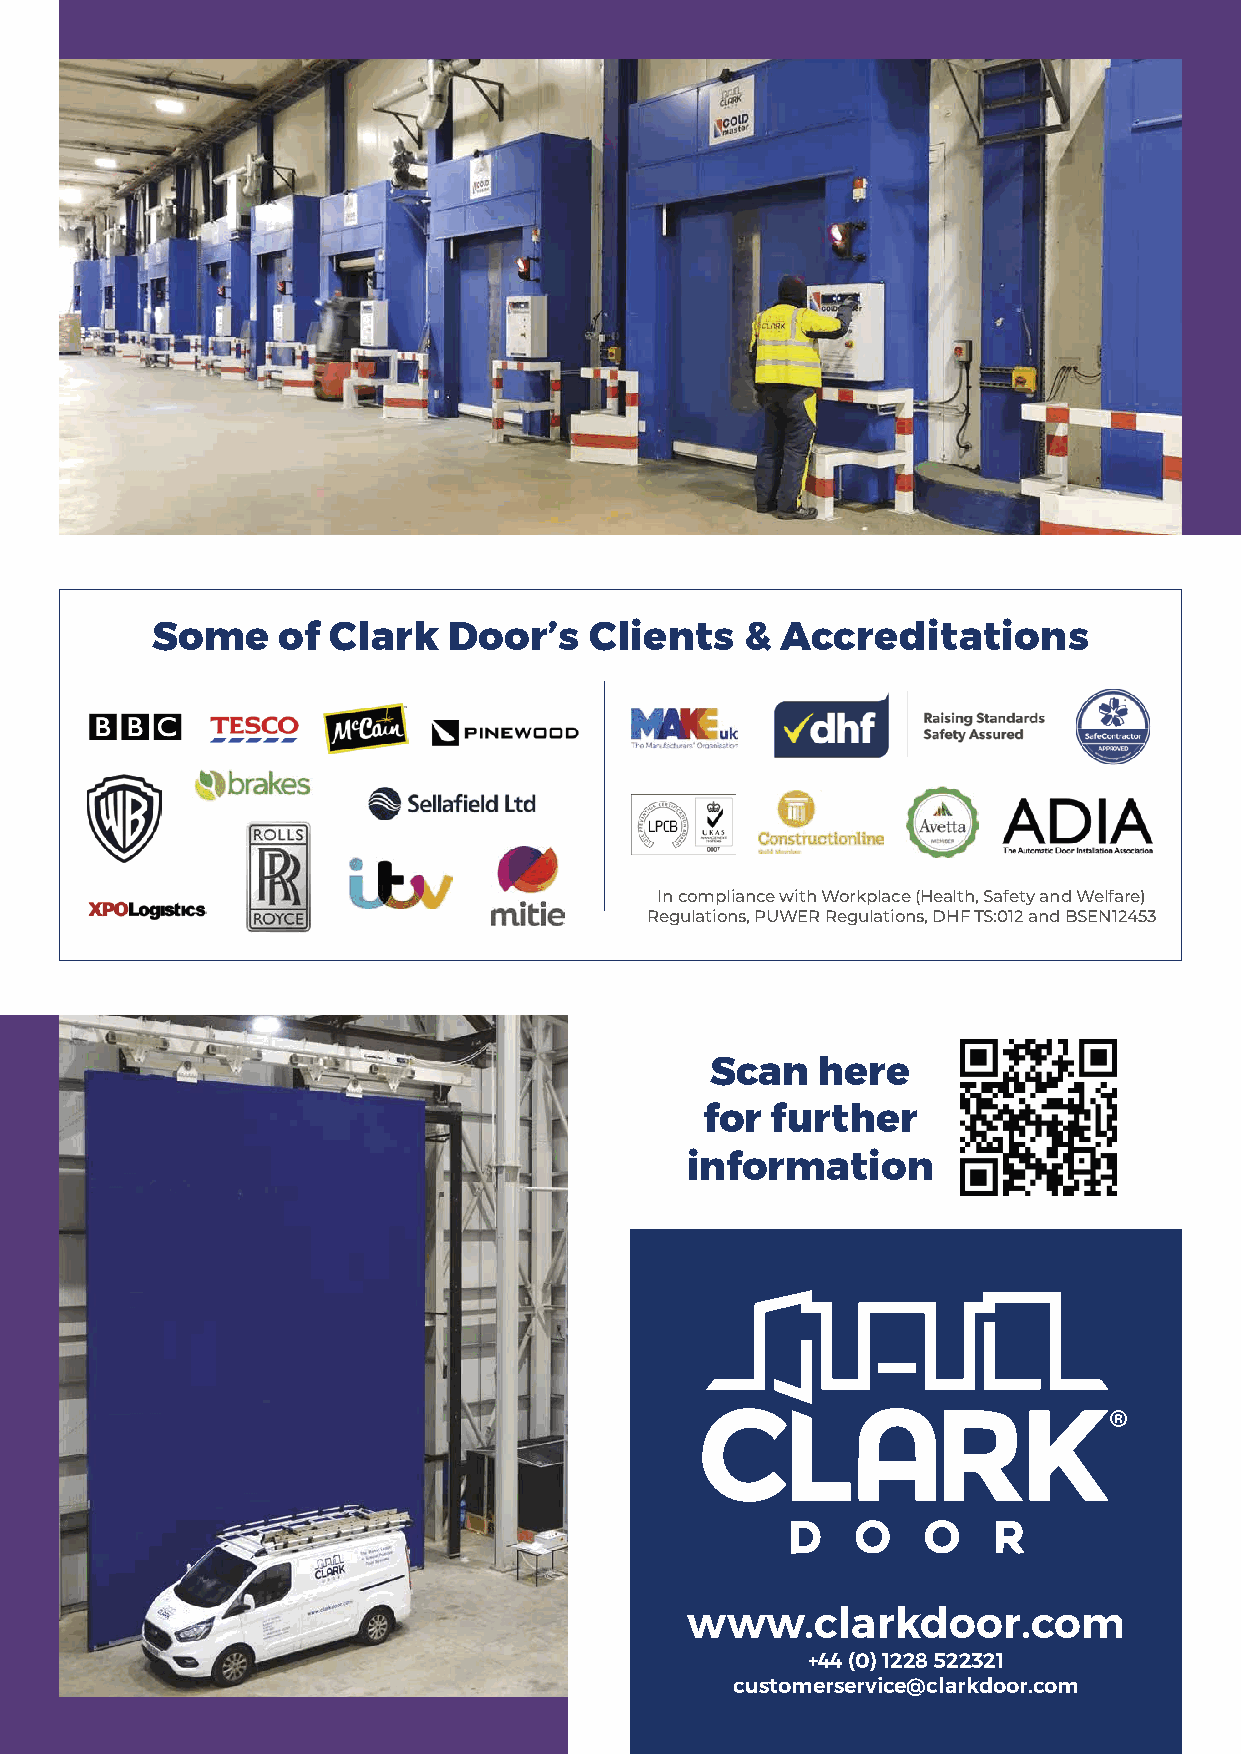
Some    of  Clark   Door’s   Clients   &  Accreditations
 In compliance with Workplace (Health, Safety and Welfare)
 Regulations, PUWER Regulations, DHF TS:012 and BSEN12453
 Scan   here
 for  further
 information
 www.clarkdoor.com
 +44 (0) 1228 522321
 customerservice@clarkdoor.com